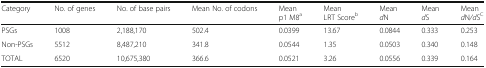
<table><thead><tr><td><b>Category</b></td><td><b>No. of genes</b></td><td><b>No. of base pairs</b></td><td><b>Mean No. of codons</b></td><td><b>Meanp1 M8<sup>a</sup></b></td><td><b>MeanLRT Score<sup>b</sup></b></td><td><b>Mean<i>d</i>N</b></td><td><b>Mean<i>d</i>S</b></td><td><b>Mean<i>d</i>N<i>/d</i>S<sup>C</sup></b></td></tr></thead><tbody><tr><td>PSGs</td><td>1008</td><td>2,188,170</td><td>502.4</td><td>0.0399</td><td>13.67</td><td>0.0844</td><td>0.333</td><td>0.253</td></tr><tr><td>Non-PSGs</td><td>5512</td><td>8,487,210</td><td>341.8</td><td>0.0544</td><td>1.35</td><td>0.0503</td><td>0.340</td><td>0.148</td></tr><tr><td>TOTAL</td><td>6520</td><td>10,675,380</td><td>366.6</td><td>0.0521</td><td>3.26</td><td>0.0556</td><td>0.339</td><td>0.164</td></tr></tbody></table>